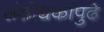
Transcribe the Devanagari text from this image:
संशोधकांपुढे